Calcutta medical institutions reports 1871-78
Year: 1871
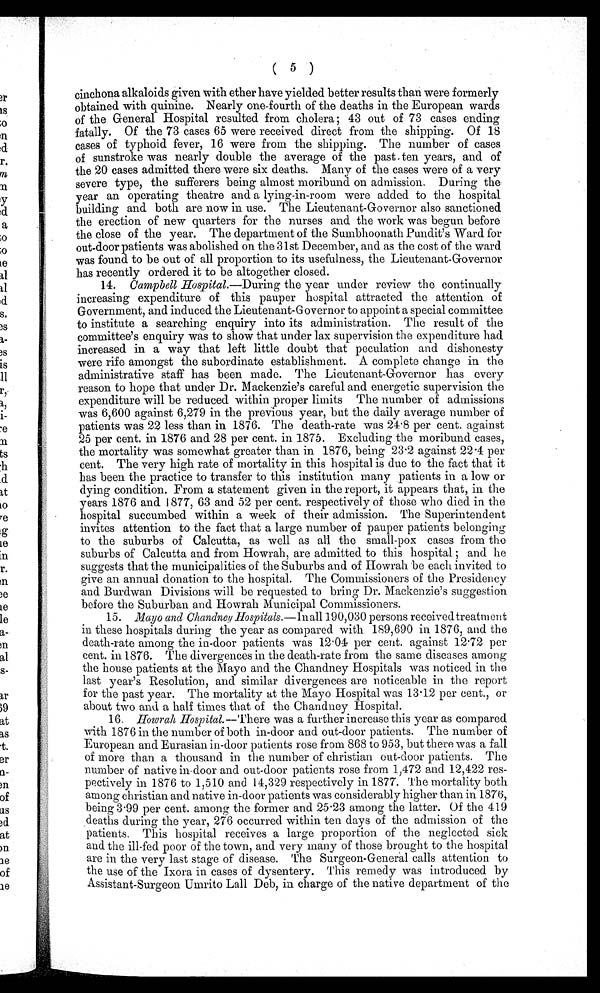
( 5 )
cinchona alkaloids given with ether have yielded better results than were formerly
obtained with quinine. Nearly one-fourth of the deaths in the European wards
of the General Hospital resulted from cholera; 43 out of 73 cases ending
fatally. Of the 73 cases 65 were received direct from the shipping. Of 18
cases of typhoid fever, 16 were from the shipping. The number of cases
of sunstroke was nearly double the average of the past ten years, and of
the 20 cases admitted there were six deaths. Many of the cases were of a very
severe type, the sufferers being almost moribund on admission. During the
year an operating theatre and a lying-in-room were added to the hospital
building and both are now in use. The Lieutenant-Governor also sanctioned
the erection of new quarters for the nurses and the work was begun before
the close of the year. The department of the Sumbhoonath Pundit's Ward for
out-door patients was abolished on the 31st December, and as the cost of the ward
was found to be out of all proportion to its usefulness, the Lieutenant-Governor
has recently ordered it to be altogether closed.
14. Campbell Hospital.— During the year under review the continually
increasing expenditure of this pauper hospital attracted the attention of
Government, and induced the Lieutenant-Governor to appoint a special committee
to institute a searching enquiry into its administration. The result of the
committee's enquiry was to show that under lax supervision the expenditure had
increased in a way that left little doubt that peculation and dishonesty
were rife amongst the subordinate establishment. A complete change in the
administrative staff has been made. The Lieutenant-Governor has every
reason to hope that under Dr. Mackenzie's careful and energetic supervision the
expenditure will be reduced within proper limits The number of admissions
was 6,600 against 6,279 in the previous year, but the daily average number of
patients was 22 less than in 1876. The death-rate was 24.8 per cent. against
25 per cent. in 1876 and 28 per cent. in 1875. Excluding the moribund cases,
the mortality was somewhat greater than in 1876, being 23.2 against 22.4 per
cent. The very high rate of mortality in this hospital is due to the fact that it
has been the practice to transfer to this institution many patients in a low or
dying condition. From a statement given in the report, it appears that, in the
years 1876 and 1877, 63 and 52 per cent. respectively of those who died in the
hospital succumbed within a week of their admission. The Superintendent
invites attention to the fact that a large number of pauper patients belonging
to the suburbs of Calcutta, as well as all the small-pox cases from the
suburbs of Calcutta and from Howrah, are admitted to this hospital; and he
suggests that the municipalities of the Suburbs and of Howrah be each invited to
give an annual donation to the hospital. The Commissioners of the Presidency
and Burdwan Divisions will be requested to bring Dr. Mackenzie's suggestion
before the Suburban and Howrah Municipal Commissioners.
15. Mayo and Chandney Hospitals.—Inall 190,030 persons received treatment
in these hospitals during the year as compared with 189,690 in 1876, and the
death-rate among the in-door patients was 12.04 per cent. against 12.72 per
cent. in 1876. The divergences in the death-rate from the same diseases among
the house patients at the Mayo and the Chandney Hospitals was noticed in the
last year's Resolution, and similar divergences are noticeable in the report
for the past year. The mortality at the Mayo Hospital was 13.12 per cent., or
about two and a half times that of the Chandney Hospital.
16.
Howrah Hospital.— There was a further increase this year as compared
with 1876 in the number of both in-door and out-door patients. The number of
European and Eurasian in-door patients rose from 868 to 953, but there was a fall
of more than a thousand in the number of christian out-door patients. The
number of native in-door and out-door patients rose from 1,472 and 12,422 res-
pectively in 1876 to 1,510 and 14,329 respectively in 1877. The mortality both
among christian and native in-door patients was considerably higher than in 1876,
being 3.99 per cent. among the former and 25.23 among the latter. Of the 419
deaths during the year, 276 occurred within ten days of the admission of the
patients. This hospital receives a large proportion of the neglected sick
and the ill-fed poor of the town, and very many of those brought to the hospital
are in the very last stage of disease. The Surgeon-General calls attention to
the use of the Ixora in cases of dysentery. This remedy was introduced by
Assistant-Surgeon Umrito Lall Deb, in charge of the native department of the